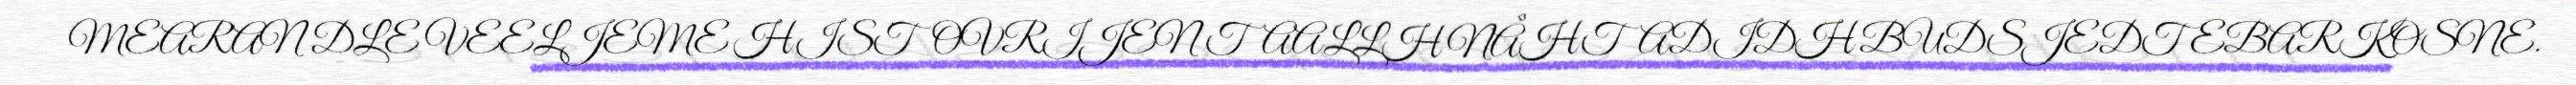
MEARAN DLE VEELJEME HISTOVRIJEN TAALLH NÅHTADIDH BUDSJEDTEBARKOSNE.